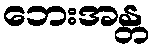
ဘေးအန္တ